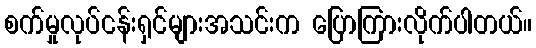
စက်မှုလုပ်ငန်းရှင်များအသင်းက ပြောကြားလိုက်ပါတယ်။